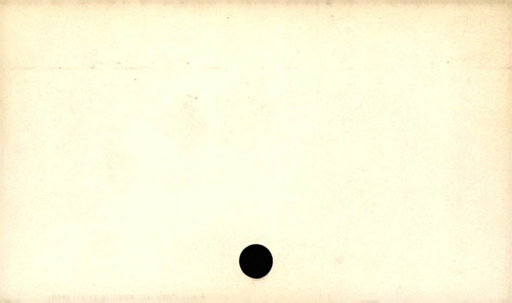
Label: blank